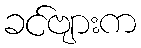
ခင်ဗျားက